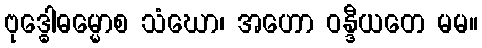
ဗုဒ္ဓေါဓမ္မောစ သံဃော၊ အဟော ဝန္ဒီယတေ မမ။